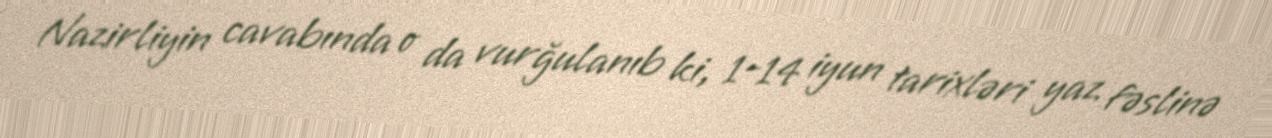
Nazirliyin cavabında o da vurğulanıb ki, 1-14 iyun tarixləri yaz fəslinə